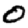
Digit: 0